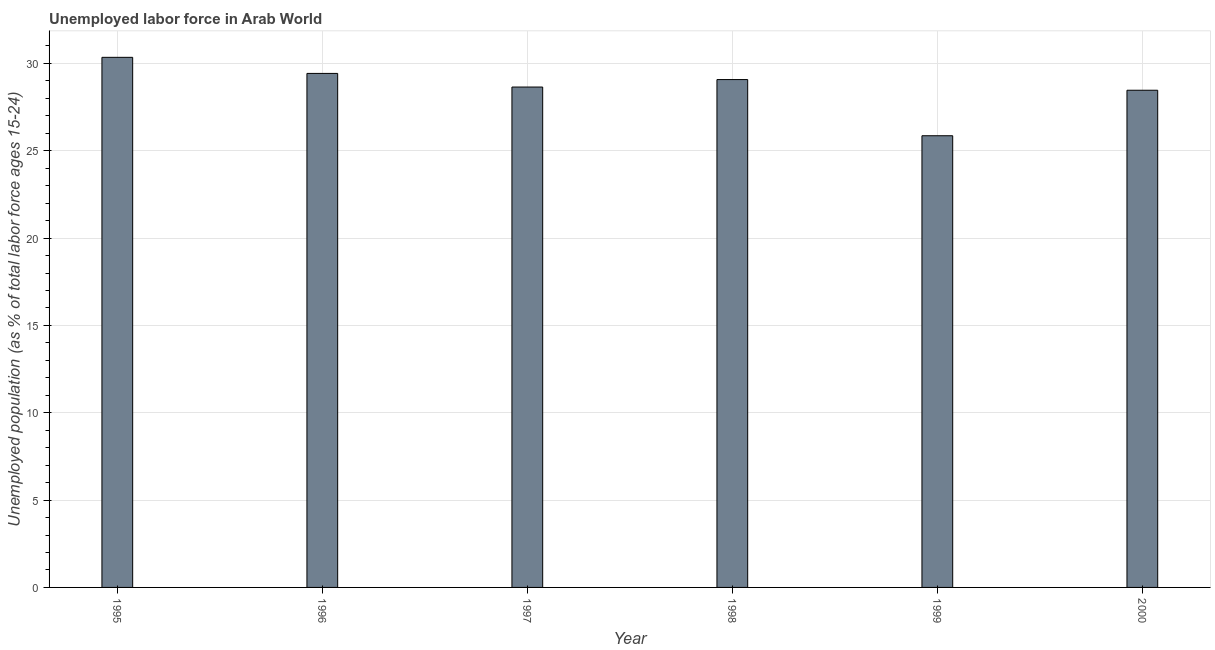
| Year | Unemployment |
 | --- | --- |
 | 1995 | 30.3 |
 | 1996 | 29.4 |
 | 1997 | 28.6 |
 | 1998 | 29.1 |
 | 1999 | 25.9 |
 | 2000 | 28.5 |